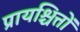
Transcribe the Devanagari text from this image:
प्रायश्चित्तों